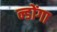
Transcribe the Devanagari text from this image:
न्डोंगा